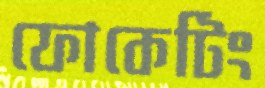
ফোকেটিং